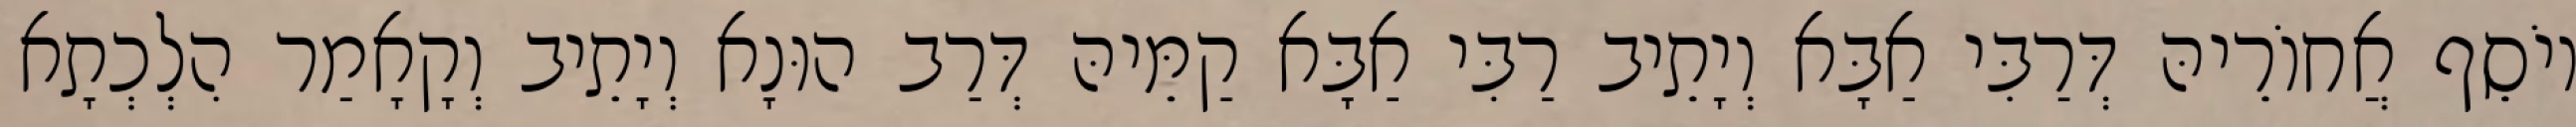
יוֹסֵף אֲחוֹרֵיהּ דְּרַבִּי אַבָּא וְיָתֵיב רַבִּי אַבָּא קַמֵּיהּ דְּרַב הוּנָא וְיָתֵיב וְקָאָמַר הִלְכְתָא